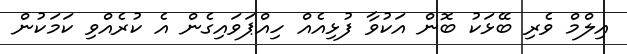
އިލްމް ވެރި ބޭޅަކު ބޮން އަކުވާ ފުޅިއެއް ހިއްޕަވައިގެން އެ ކުރެއްވި ކަމަކުން